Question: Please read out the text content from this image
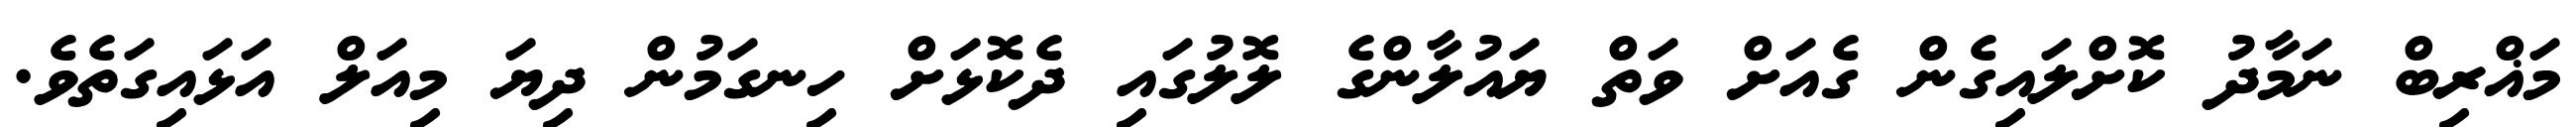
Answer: މަޣްރިބް ނަމާދު ކޮށްލައިގެން ގެއަށް ވަތް ޔައުލާންގެ ލޮލުގައި ދެކޮޅަށް ހިނގަމުން ދިޔަ މިއަލް އަޅައިގަތެވެ.